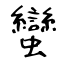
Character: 蠻